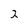
Character: 2